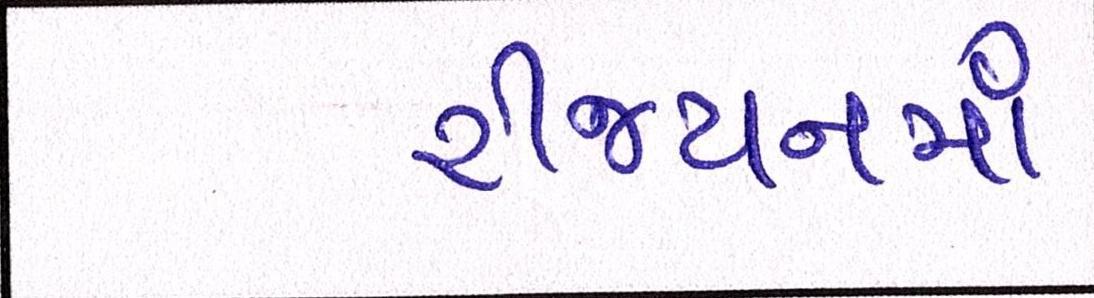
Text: રીજયનમાં